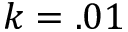
k = . 0 1